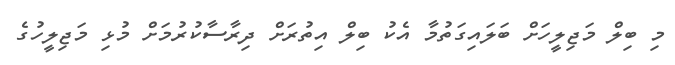
މި ބިލް މަޖިލީހަށް ބަލައިގަތުމާ އެކު ބިލް އިތުރަށް ދިރާސާކުރުމަށް މުޅި މަޖިލީހުގެ